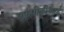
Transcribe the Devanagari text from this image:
एफपीडीआई